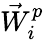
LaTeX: \vec{W}_{i}^{p}